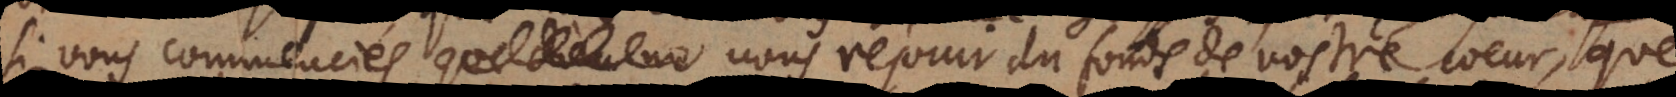
si vous commenciés vous rejouir du fonds de vostre coeur, que